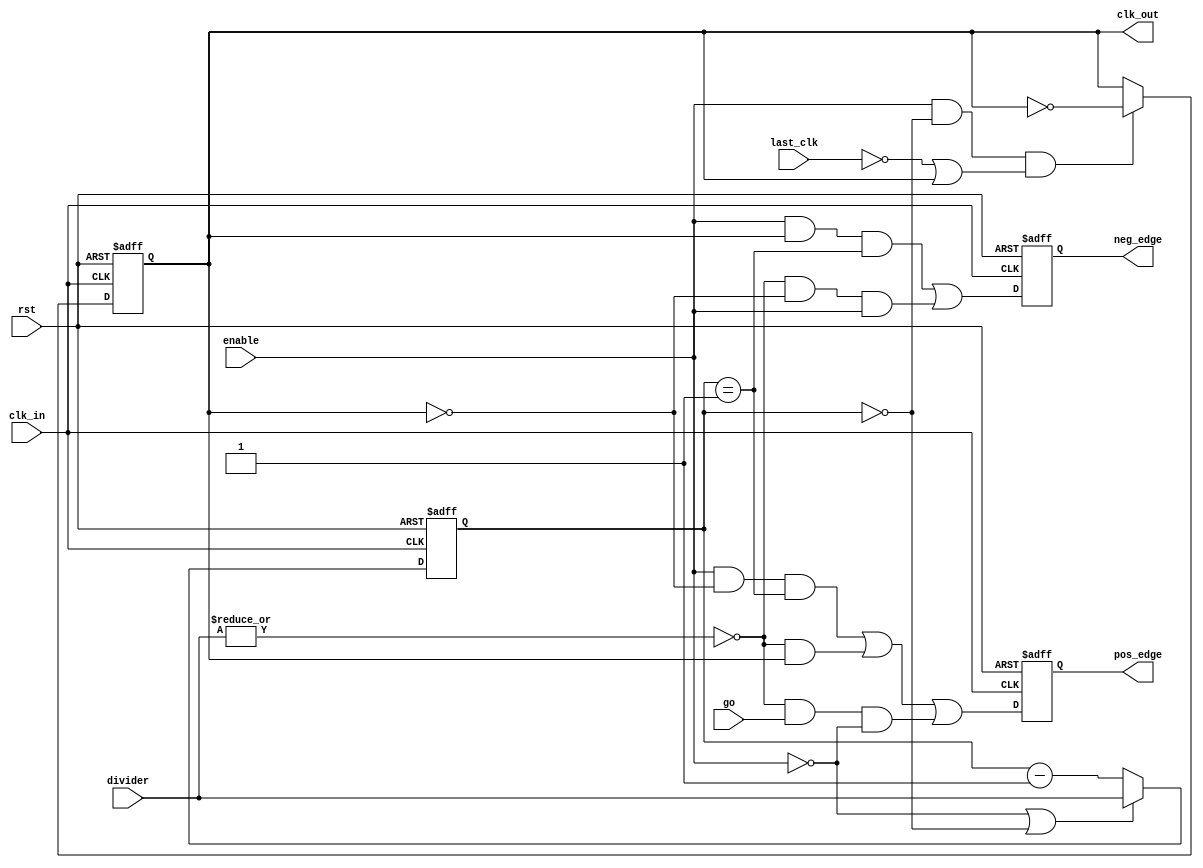
module spi_clgen_3 (clk_in, rst, go, enable, last_clk, divider, clk_out, pos_edge, neg_edge); 
  parameter Tp = 1;
  input                            clk_in;   
  input                            rst;      
  input                            enable;   
  input                            go;       
  input                            last_clk; 
  input      [3:0] divider;  
  output                           clk_out;  
  output                           pos_edge; 
  output                           neg_edge; 
  reg                              clk_out;
  reg                              pos_edge;
  reg                              neg_edge;
  reg     [3:0]   cnt;      
  wire                             cnt_zero; 
  wire                             cnt_one;  
  assign cnt_zero = cnt == {4{1'b0}};
  assign cnt_one  = cnt == {{3{1'b0}}, 1'b1};
  always @(posedge clk_in or posedge rst)
  begin
    if(rst)
      cnt <= #Tp {4{1'b1}};
    else
      begin
        if(!enable || cnt_zero)
          cnt <= #Tp divider;
        else
          cnt <= #Tp cnt - {{3{1'b0}}, 1'b1};
      end
  end
  always @(posedge clk_in or posedge rst)
  begin
    if(rst)
      clk_out <= #Tp 1'b0;
    else
      clk_out <= #Tp (enable && cnt_zero && (!last_clk || clk_out)) ? ~clk_out : clk_out;
  end
  always @(posedge clk_in or posedge rst)
  begin
    if(rst)
      begin
        pos_edge  <= #Tp 1'b0;
        neg_edge  <= #Tp 1'b0;
      end
    else
      begin
        pos_edge  <= #Tp (enable && !clk_out && cnt_one) || (!(|divider) && clk_out) || (!(|divider) && go && !enable);
        neg_edge  <= #Tp (enable && clk_out && cnt_one) || (!(|divider) && !clk_out && enable);
      end
  end
endmodule